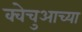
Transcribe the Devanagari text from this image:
क्वेचुआच्या